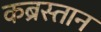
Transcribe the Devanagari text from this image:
कब्रस्‍तान